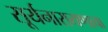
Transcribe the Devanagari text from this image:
सूर्यनारायणाचा